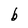
Character: b